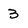
Character: 3